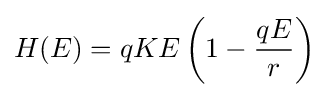
H(E)=qKE\left(1-{\frac {qE}{r}}\right)